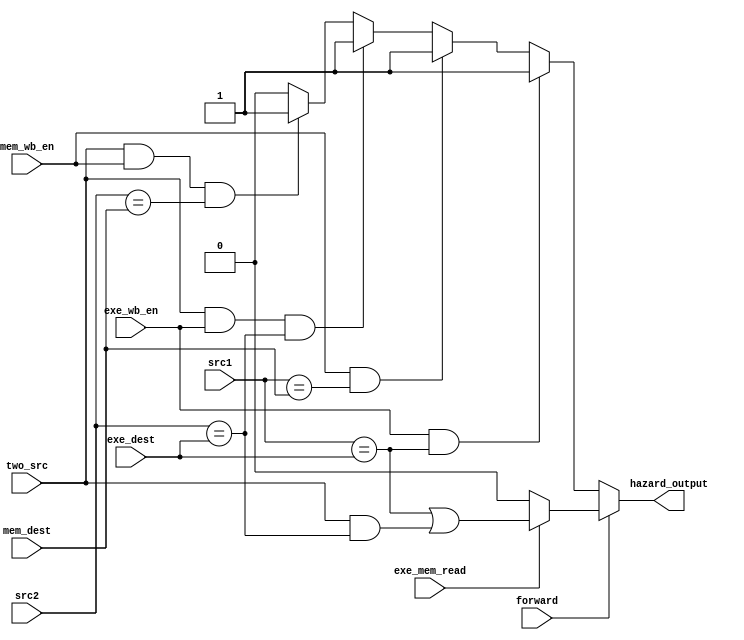
module Hazard_Detection (
    input exe_wb_en, mem_wb_en, two_src,
    input [3:0] src1, src2, exe_dest, mem_dest,
    input exe_mem_read, forward,
    output reg hazard_output
);

  always @(*) begin
      if(~forward) begin
          if(exe_wb_en && (src1 == exe_dest))
              hazard_output = 1'b1;
          else if(mem_wb_en && (src1 == mem_dest))
              hazard_output = 1'b1;
          else if(two_src && exe_wb_en && (src2 == exe_dest))
              hazard_output = 1'b1;
          else if(two_src && mem_wb_en && (src2 == mem_dest))
              hazard_output = 1'b1;
          else
              hazard_output = 1'b0;
      end
      else begin
          if (exe_mem_read) begin
              hazard_output = (src1==exe_dest) | (two_src && (src2==exe_dest));
          end
          else
              hazard_output = 1'b0;
      end
  end

endmodule